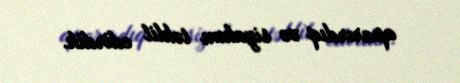
aparırdıq və siyahını təhlil edirdik.